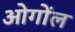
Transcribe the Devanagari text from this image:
ओगोंल